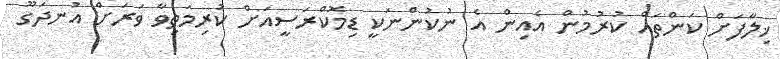
ޚިލާފަށް ކަންތައް ކުރުމުން އެއިން އެ ނުކުންނަކީ ޑިމޮކްރަސީއަށް ކުރިމަތިވާ ވަރަށް އުނދަގޫ